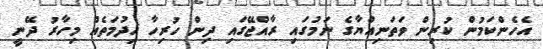
އެހެންކަމުން ކުރިން ވަތަނިއްޔާގެ ނަމުގައި ރާއްޖޭގައި ދިން ހުރިހާ ޚިދުމަތެއް މިހާރު ދޭނީ